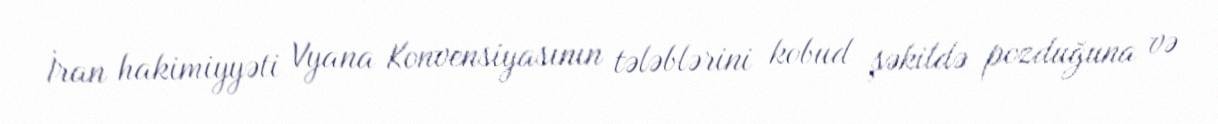
İran hakimiyyəti Vyana Konvensiyasının tələblərini kobud şəkildə pozduğuna və